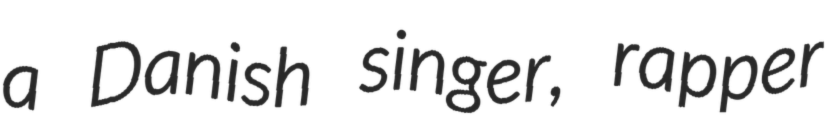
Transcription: a Danish singer, rapper